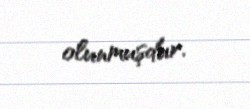
olunmuşdur.